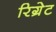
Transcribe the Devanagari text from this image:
रिग्रेट